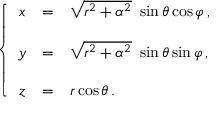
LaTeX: \left\{ \begin{array} { c c l } { { x } } & { { = } } & { { \sqrt { r ^ { 2 } + \alpha ^ { 2 } } \ \sin { \theta } \cos { \varphi } \, , } } \\ { { } } & { { } } & { { } } \\ { { y } } & { { = } } & { { \sqrt { r ^ { 2 } + \alpha ^ { 2 } } \ \sin { \theta } \sin { \varphi } \, , } } \\ { { } } & { { } } & { { } } \\ { { z } } & { { = } } & { { r \cos { \theta } \, . } } \end{array} \right.